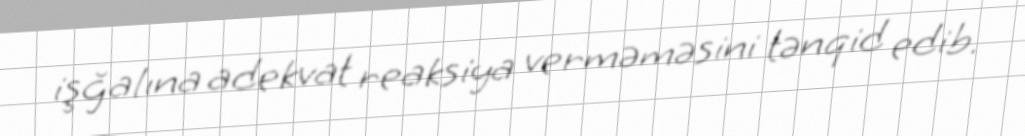
işğalına adekvat reaksiya verməməsini tənqid edib.